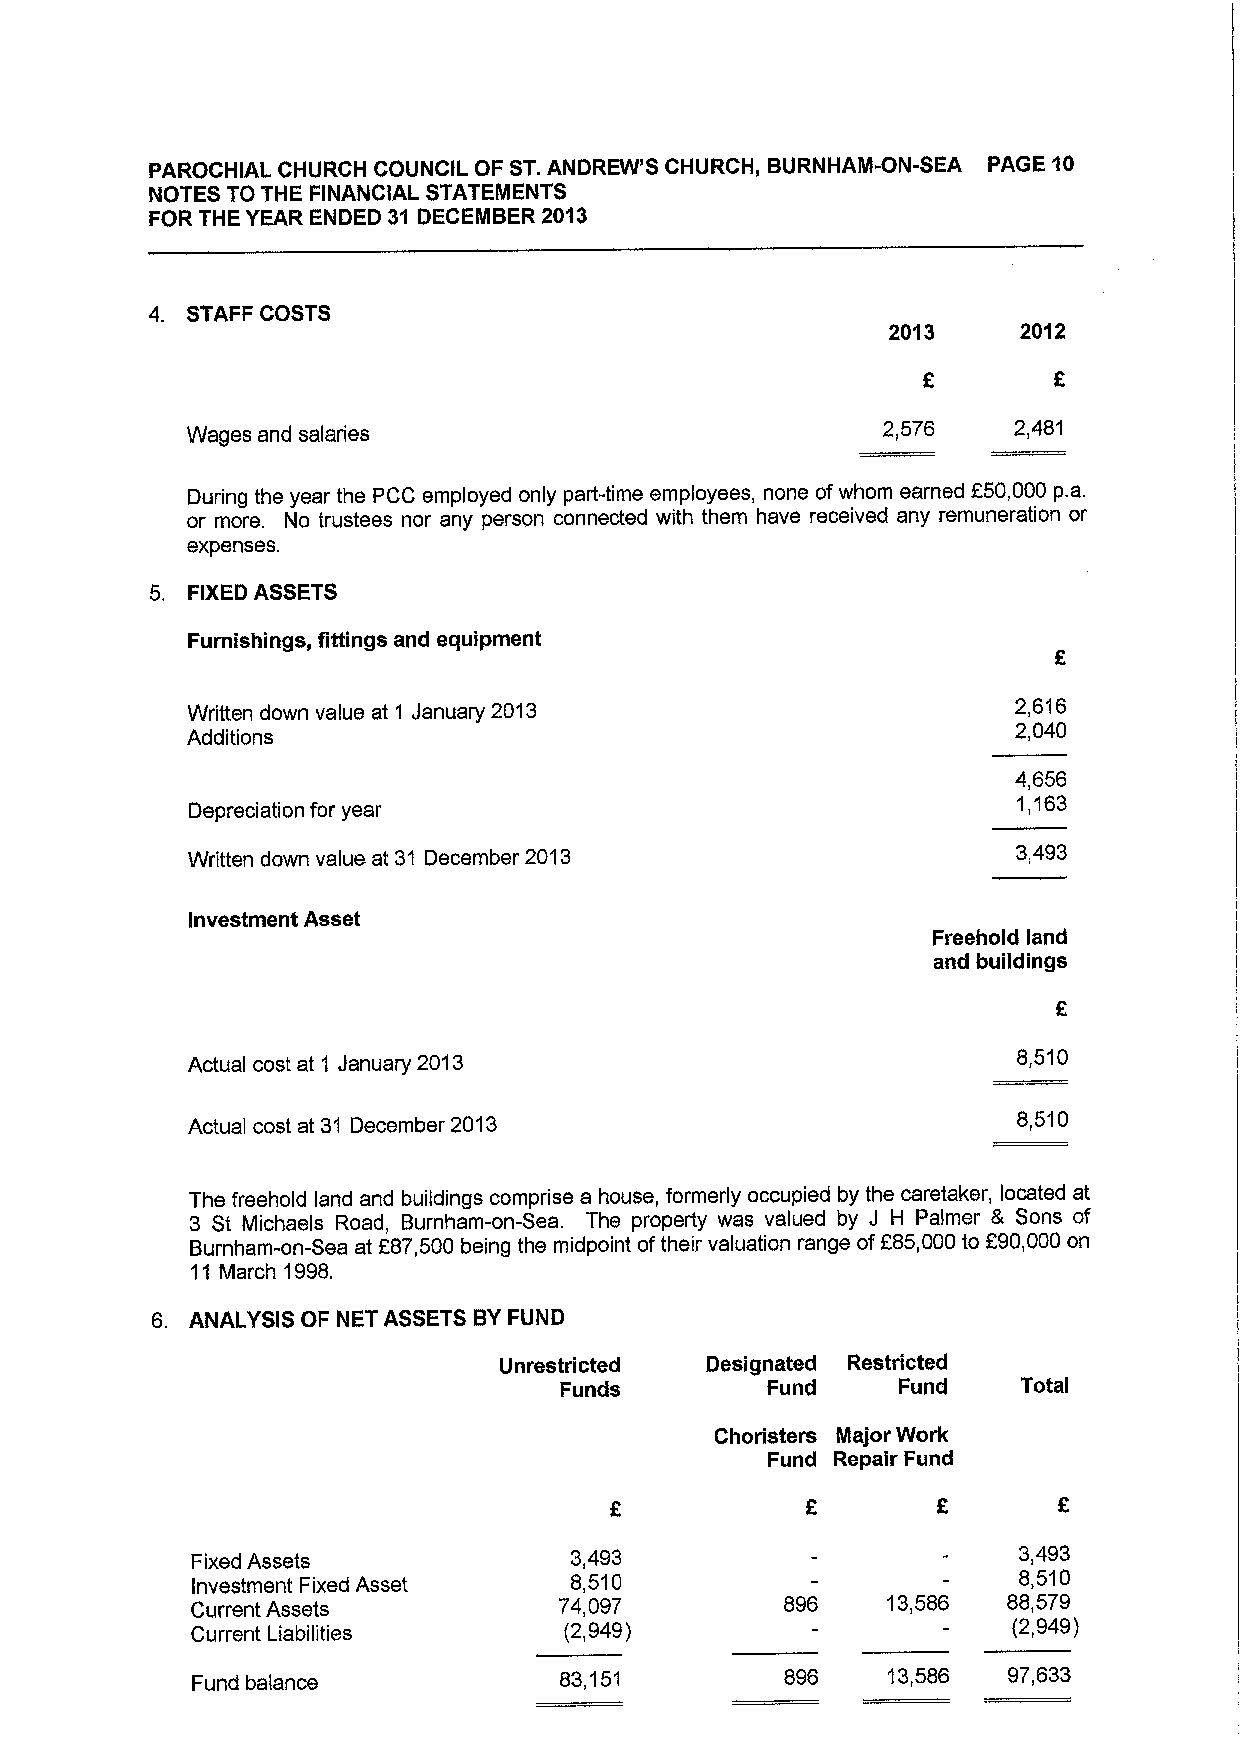
PAROCHIAL CHURCH COUNCIL OF ST.ANDREW'S CHURCH, BURNHAM-ON-SEA PAGE 10
 NOTES TO THE FINANCIAL STATEMENTS
 FOR THE YEAR ENDED 31 DECEMBER 2013
 4. STAFF COSTS
 2013     2012
 Wages and salaries                            2,576    2,481
 During the year the PCC employed only part-time employees, none ofwhom earned F50,000 p.a.
 or more. No trustees nor any person connected with them have received any remuneration or
 expenses.
 5. FIXEDASSETS
 Furnishings, fittings and equipment
 Written down value at 1 January 2013                   2,616
 Additions
 2,040
 4,656
 Depreciation for year
 1,163
 Written down value at 31 December 2013                 3,493
 Investment Asset
 Freehold land
 and buildings
 Actual cost at 1 January 2013                          8,510
 Actual cost at 31 December 2013                        8,510
 The freehold land and buildings comprise a house, formerly occupied by the caretaker, located at
 3 St Michaels Road, Burnham-on-Sea. The property was valued by J H Palmer 8 Sons of
 Burnham-on-Sea at F87,500 being the midpoint oftheir valuation range off85,000to 290,000on
 11 March 1998.
 6. ANALYSIS OF NET ASSETS BYFUND
 Unrestricted  Designated Restricted
 Funds         Fund    Fund     Total
 Choristers Major Work
 Fund Repair Fund
 Fixed Assets             3,493                        3,493
 Investment Fixed Asset   8,510                        8,510
 Current Assets          74,097         896    13,586  88,579
 Current Liabilities     (2,949)                       (2,949)
 Fund balance            83,151         896    13,586  97,633